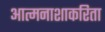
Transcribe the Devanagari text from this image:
आत्मनाशाकरिता